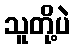
သူတို့ပဲ